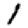
Digit: 1